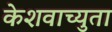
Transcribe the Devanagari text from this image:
केेशवाच्युता